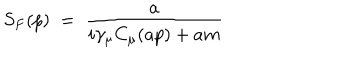
S _ { F } ( p ) \; = \; \frac { a } { i \gamma _ { \mu } C _ { \mu } ( a p ) + a m }